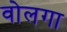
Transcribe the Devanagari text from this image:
वोलगा